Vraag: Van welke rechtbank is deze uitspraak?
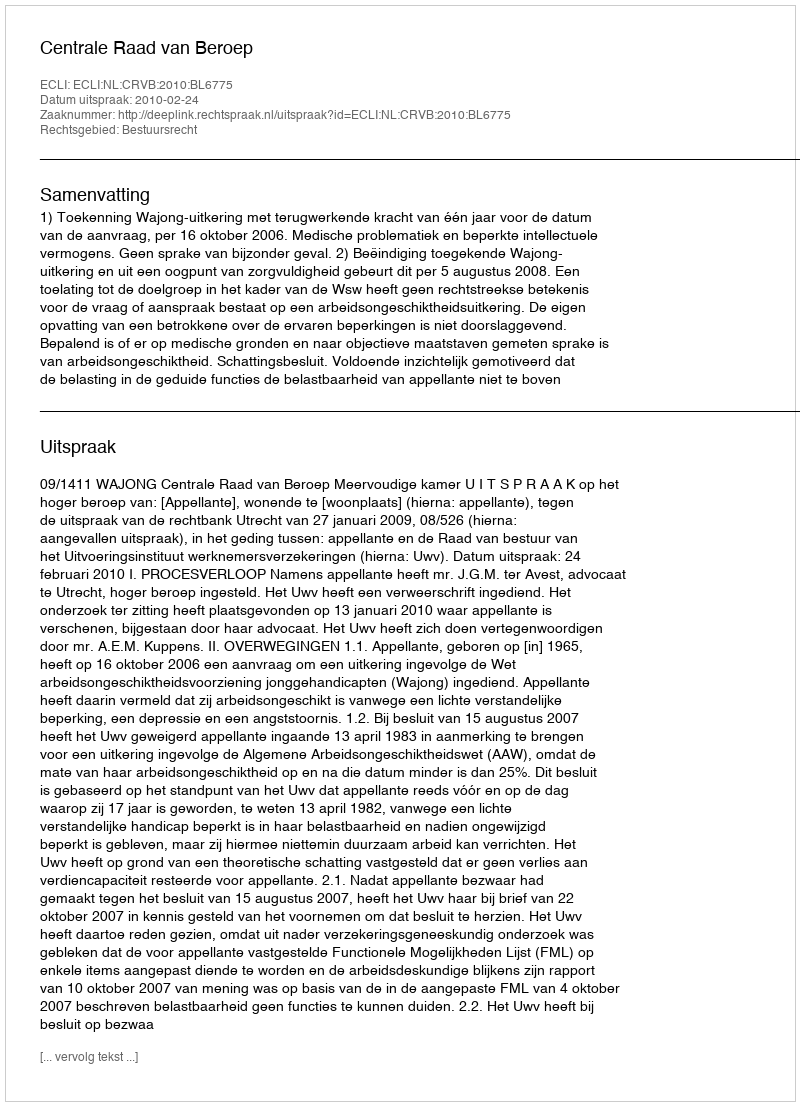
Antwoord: Centrale Raad van Beroep